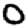
Digit: 0